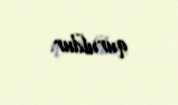
quruldur.